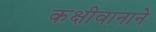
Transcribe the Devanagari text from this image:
कक्षीवानाने